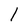
Character: 1